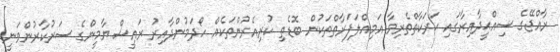
ރާއްޖޭގެ ސިއްޙީދާއިރާގައި ޙަރަކާތްތެރިވާ އަމިއްލަފަރާތްތަކުން ބޮޑެތި ކުރިއެރުންތަކެއް ހޯދަމުންދާއިރު ރައީސް ޔާމީންގެ ސަރުކާރުންވަނީ